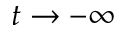
t \to - \infty